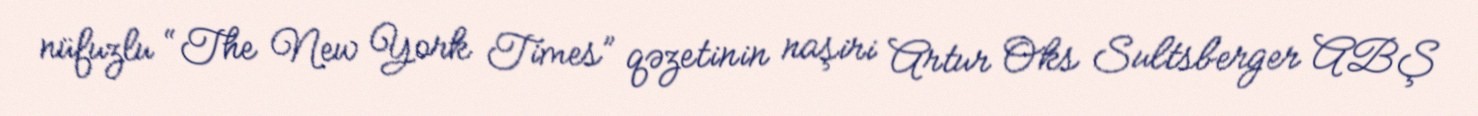
nüfuzlu “The New York Times” qəzetinin naşiri Artur Oks Sultsberger ABŞ